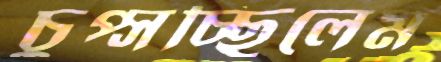
চুপ্‌সচ্ছিলেম